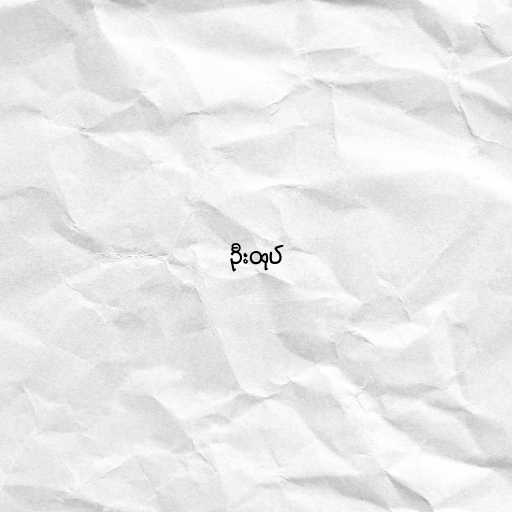
ဦးထုပ်